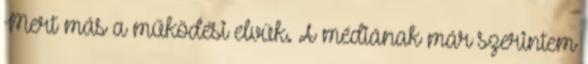
Mert más a működési elvük. A médiának már szerintem